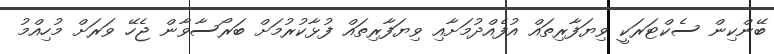
ބޭންކިން ސެކްޓަރަކީ ވިޔަފާރިތައް އުފެއްދުމަށާއި ވިޔަފާރިތައް ފުޅާކުރުމަށް ބަރޯސާވާން ޖެހޭ ވަރަށް މުހިއްމު